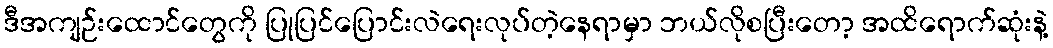
ဒီအကျဉ်းထောင်တွေကို ပြုပြင်ပြောင်းလဲရေးလုပ်တဲ့နေရာမှာ ဘယ်လိုစပြီးတော့ အထိရောက်ဆုံးနဲ့